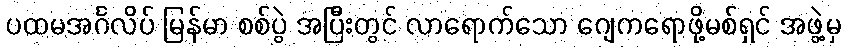
ပထမအင်္ဂလိပ် မြန်မာ စစ်ပွဲ အပြီးတွင် လာရောက်သော ဂျေကရောဖို့မစ်ရှင် အဖွဲ့မှ